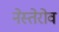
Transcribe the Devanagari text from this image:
नेस्तेरोव